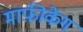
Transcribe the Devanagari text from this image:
माफ़ीकेंग